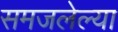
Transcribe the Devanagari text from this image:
समजलेल्या